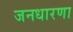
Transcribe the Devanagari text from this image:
जनधारणा